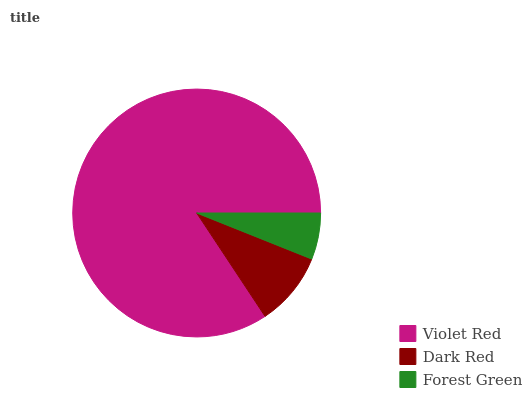
| Violet Red | Dark Red | Forest Green |
 | --- | --- | --- |
 | 84.3% | 9.64% | 6.06% |